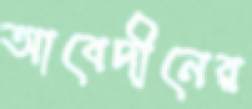
আবেদীনের